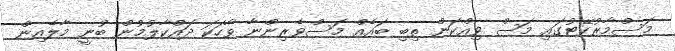
މަސްމާރުކޭޓުގައި މަސް ވިއްކަން ތިބި ބައެއް މަސްވެރިންނާ ވާހަކަ ދައްކާލުމުން ބުނީ މާލެއިން